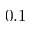
0 . 1